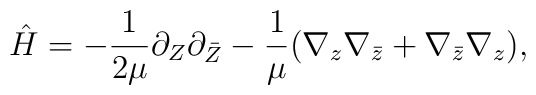
\hat H = -{1\over 2\mu} \partial_Z \partial_{\bar Z}-\frac{1}{\mu}(\nabla_z\nabla_{\bar z} +\nabla_{\bar z}\nabla_z),